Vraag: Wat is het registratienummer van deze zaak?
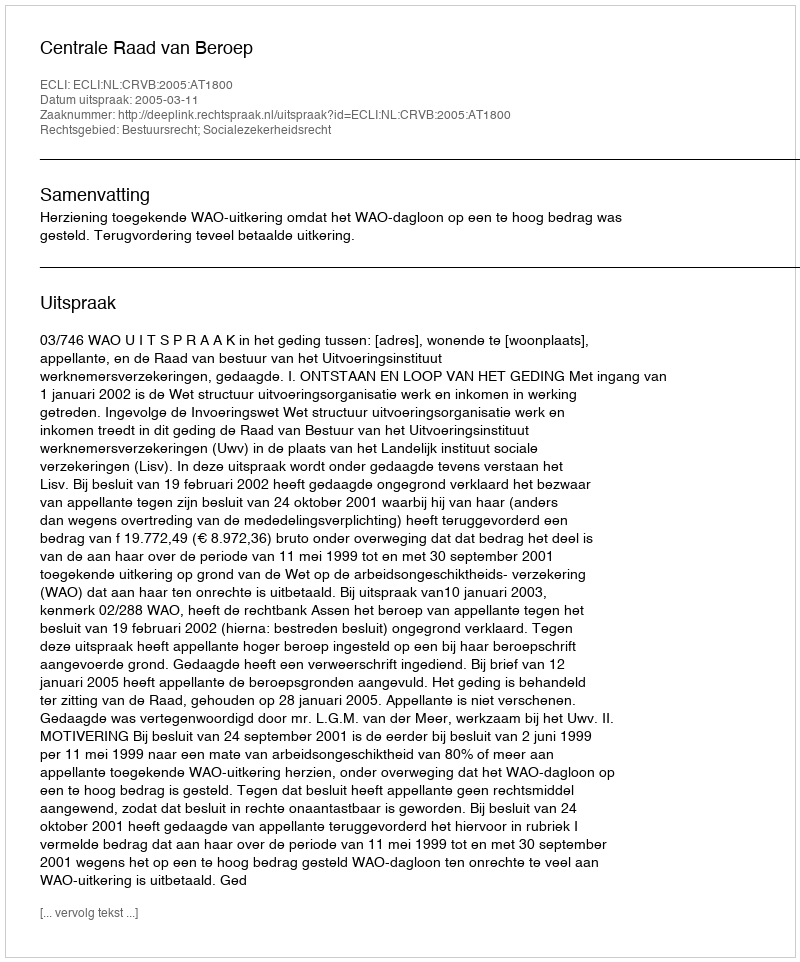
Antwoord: http://deeplink.rechtspraak.nl/uitspraak?id=ECLI:NL:CRVB:2005:AT1800